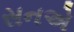
સનએ